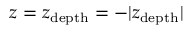
z = z _ { \mathrm { d e p t h } } = - \vert z _ { \mathrm { d e p t h } } \vert